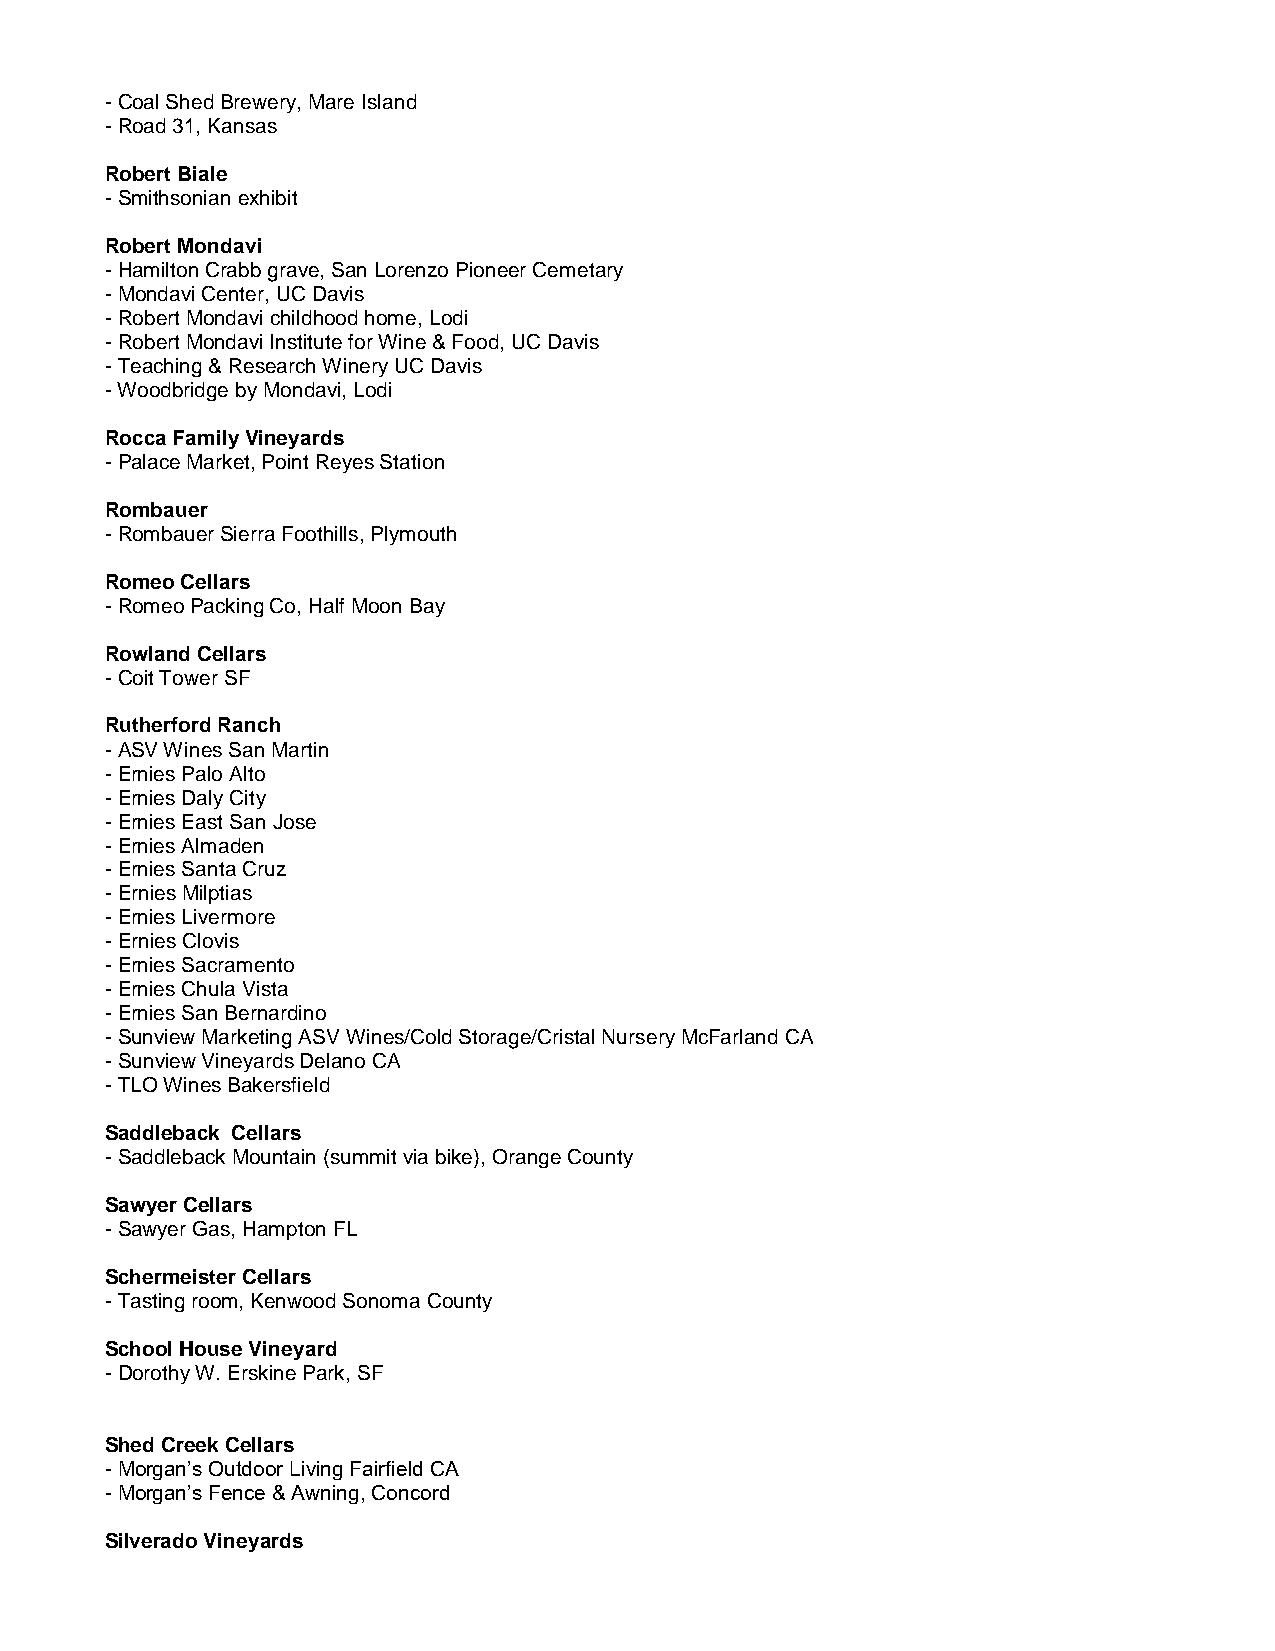
- Coal Shed Brewery, Mare Island
 - Road 31, Kansas
 Robert Biale
 - Smithsonian exhibit
 Robert Mondavi
 - Hamilton Crabb grave, San Lorenzo Pioneer Cemetary
 - Mondavi Center, UC Davis
 - Robert Mondavi childhood home, Lodi
 - Robert Mondavi Institute for Wine & Food, UC Davis
 - Teaching & Research Winery UC Davis
 - Woodbridge by Mondavi, Lodi
 Rocca Family Vineyards
 - Palace Market, Point Reyes Station
 Rombauer
 - Rombauer Sierra Foothills, Plymouth
 Romeo Cellars
 - Romeo Packing Co, Half Moon Bay
 Rowland Cellars
 - Coit Tower SF
 Rutherford Ranch
 - ASV Wines San Martin
 - Ernies Palo Alto
 - Ernies Daly City
 - Ernies East San Jose
 - Ernies Almaden
 - Ernies Santa Cruz
 - Ernies Milptias
 - Ernies Livermore
 - Ernies Clovis
 - Ernies Sacramento
 - Ernies Chula Vista
 - Ernies San Bernardino
 - Sunview Marketing ASV Wines/Cold Storage/Cristal Nursery McFarland CA
 - Sunview Vineyards Delano CA
 - TLO Wines Bakersfield
 Saddleback Cellars
 - Saddleback Mountain (summit via bike), Orange County
 Sawyer Cellars
 - Sawyer Gas, Hampton FL
 Schermeister Cellars
 - Tasting room, Kenwood Sonoma County
 School House Vineyard
 - Dorothy W. Erskine Park, SF
 Shed Creek Cellars
 - Morgan’s Outdoor Living Fairfield CA
 - Morgan’s Fence & Awning, Concord
 Silverado Vineyards